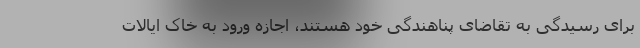
برای رسیدگی به تقاضای پناهندگی خود هستند، اجازه ورود به خاک ایالات